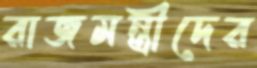
রাজমন্ত্রীদের